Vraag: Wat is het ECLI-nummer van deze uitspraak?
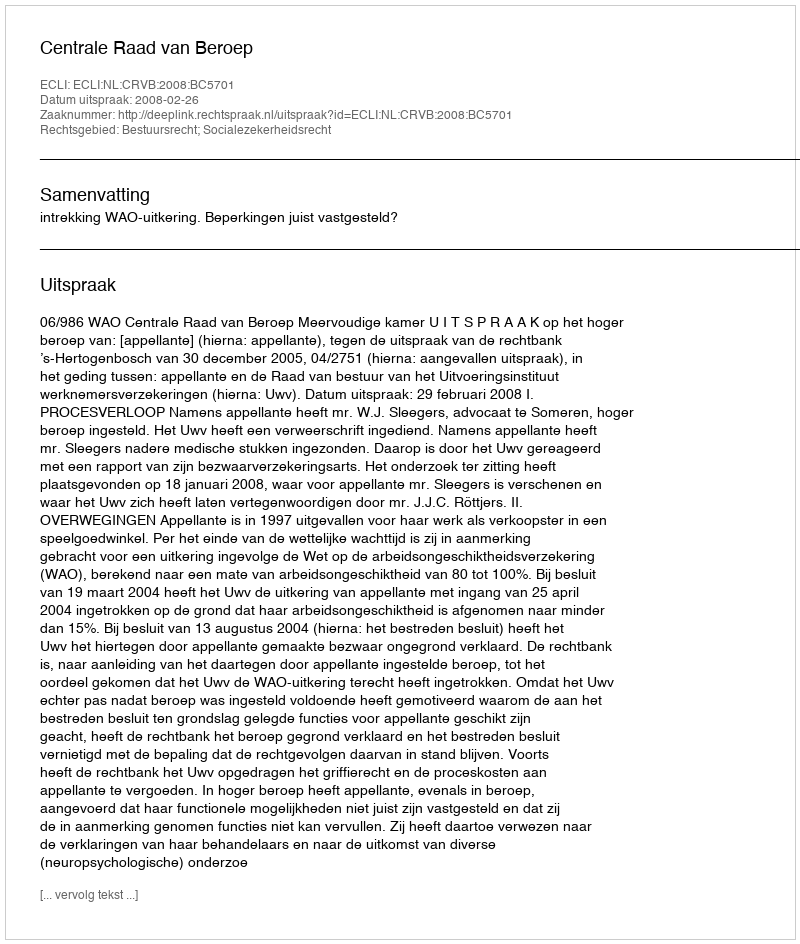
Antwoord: ECLI:NL:CRVB:2008:BC5701